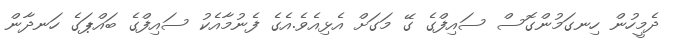
ދެމީހުން ހިނގަމުންގޮސް ސައިފްގެ ގޭ މަގަށް އެޅިއެވެ.އެގެ ފެނުމާއެކު ސައިފްގެ ބައްޕަގެ ހަނދާން